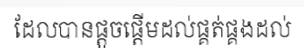
ដែលបានផ្តួចផ្តើមដល់ផ្គត់ផ្គងដល់